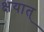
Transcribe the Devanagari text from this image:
क्षयात्